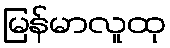
မြန်မာလူထု